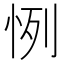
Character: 㤡